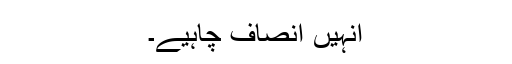
انہیں انصاف چاہیے۔